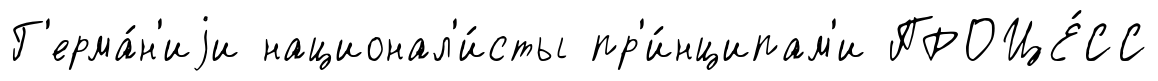
Г'ерма́н'иjи национал'и́сты пр'и́нципам'и ПРОЦЕ́СС